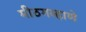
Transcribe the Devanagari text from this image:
मीठगव्हाणे